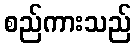
စည်ကားသည်